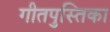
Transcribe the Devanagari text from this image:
गीतपुस्तिका